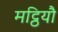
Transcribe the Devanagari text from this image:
मट्ठियौ